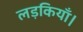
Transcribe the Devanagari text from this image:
लड़कियाँ।